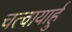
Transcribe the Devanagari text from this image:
चत्वायार्हु